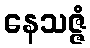
နေသဇ္ဇံ